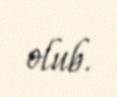
olub.